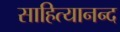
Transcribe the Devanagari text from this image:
साहित्यानन्द